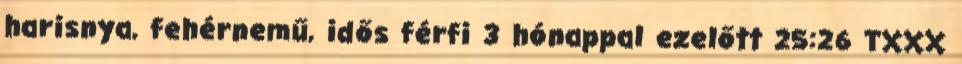
harisnya, fehérnemű, idős férfi 3 hónappal ezelőtt 25:26 TXXX